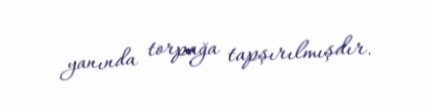
yanında torpağa tapşırılmışdır.